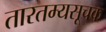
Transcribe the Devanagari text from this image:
तारतम्यसूचक